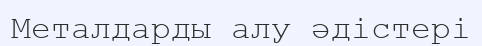
Металдарды алу әдістері